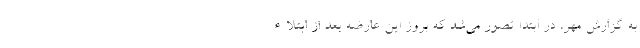
به گزارش مهر، در ابتدا تصور می‌شد که بروز این عارضه بعد از ابتلاء